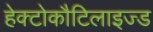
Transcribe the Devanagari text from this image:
हेक्टोकौटिलाइज्ड